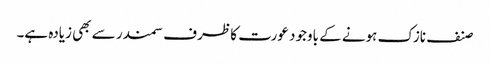
صنف نازک ہونے کے باوجود عورت کا ظرف سمندر سے بھی زیادہ ہے۔